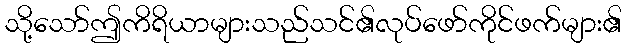
သို့သော်ဤကိရိယာများသည်သင်၏လုပ်ဖော်ကိုင်ဖက်များ၏